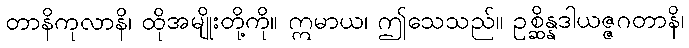
တာနိကုလာနိ၊ ထိုအမျိုးတို့ကို။ ဣမာယ၊ ဤသေသည်။ ဥစ္ဆိန္နဒါယဇ္ဇဂတာနိ၊